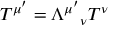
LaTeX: T ^ { \mu ^ { \prime } } = \Lambda ^ { \mu ^ { \prime } } { } _ { \nu } T ^ { \nu }